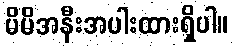
မိမိအနီးအပါးထားရှိပါ။